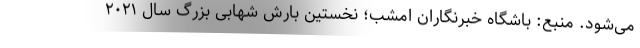
می‌شود. منبع: باشگاه خبرنگاران امشب؛ نخستین بارش شهابی بزرگ سال ٢٠٢١